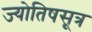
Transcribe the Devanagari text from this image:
ज्योतिषसूत्र